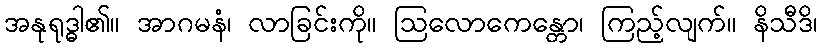
အနုရုဒ္ဓါ၏။ အာဂမနံ၊ လာခြင်းကို။ ဩလောကေန္တော၊ ကြည့်လျက်။ နိသီဒိ၊